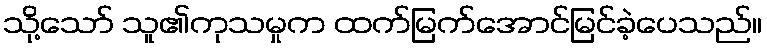
သို့သော် သူ၏ကုသမှုက ထက်မြက်အောင်မြင်ခဲ့ပေသည်။